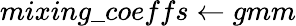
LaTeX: mixing\_ coeffs\leftarrow gmm